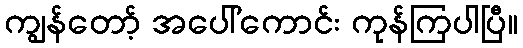
ကျွန်တော့် အပေါ်ကောင်း ကုန်ကြပါပြီ။